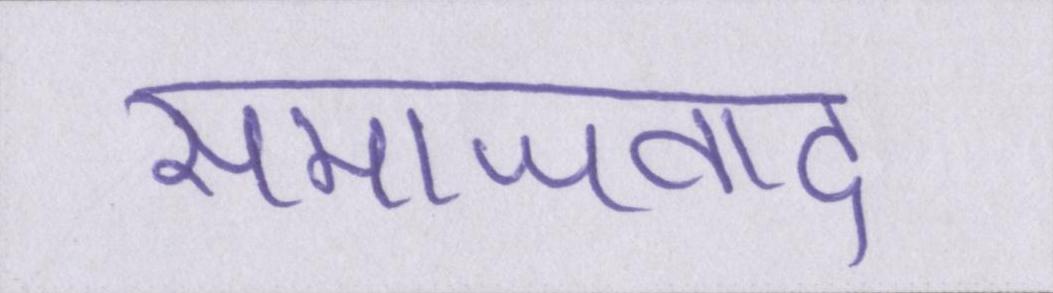
समाजवाद